Lunatic asylums Central Provinces reports 1910-1926 - 1910-1926
Year: 1910
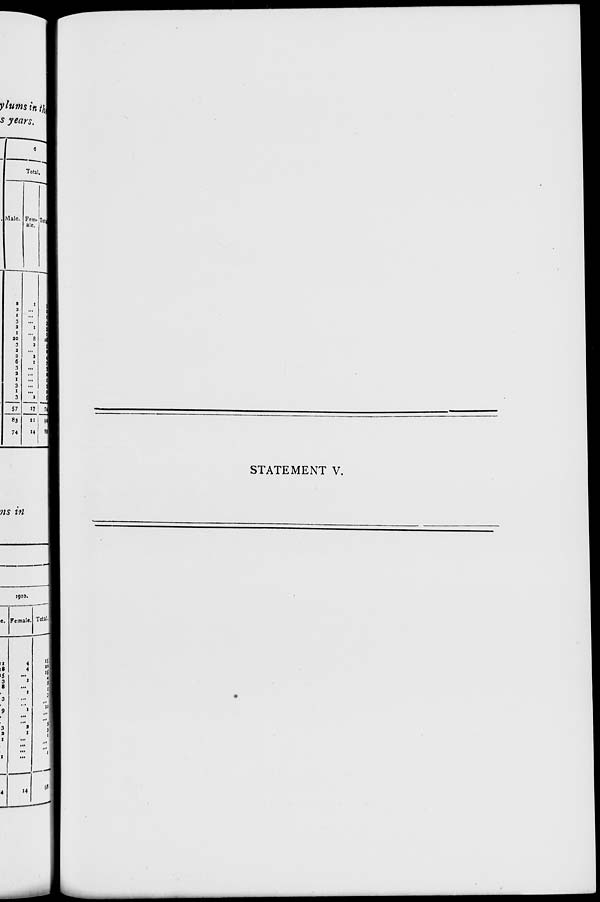
STATEMENT V.